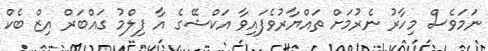
ނަމަވެސް މިހާރު ނެރުމަށް ތައްޔާރުވެފައިވާ އަކްޝޭގެ އާ ފިލްމު ގައްބަރް އިޒް ބެކް